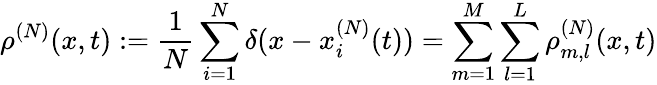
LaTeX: \rho^{(N)}(x,t):=\frac{1}{N}\sum_{i=1}^{N}\delta(x-x_{i}^{(N)}(t))=\sum_{m=1}^{M}\sum_{l=1}^{L}\rho_{m,l}^{(N)}(x,t)